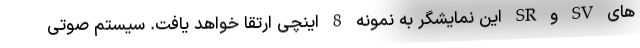
های SV و SR این نمایشگر به نمونه 8 اینچی ارتقا خواهد یافت. سیستم صوتی